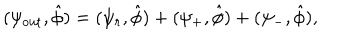
LaTeX: ( \psi _ { \mathrm { o u t } } , \hat { \phi } ) = ( \psi _ { r } , \hat { \phi } ) + ( \psi _ { + } , \hat { \phi } ) + ( \psi _ { - } , \hat { \phi } ) ,